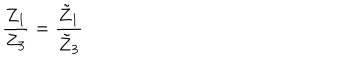
\frac { Z _ { 1 } } { Z _ { 3 } } = \frac { \tilde { Z } _ { 1 } } { \tilde { Z } _ { 3 } }